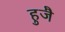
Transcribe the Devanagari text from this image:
हुजै